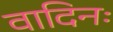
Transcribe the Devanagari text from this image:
वादिनः